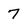
Character: 7